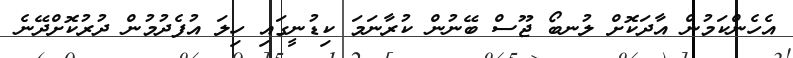
އެހެންކަމުން އާދަކޮށް ލުނބޯ ޖޫސް ބޭނުން ކުރާނަމަ ކިޑުނީގައި ހިލަ އުފެދުމުން ދުރުކޮށްދޭނެ